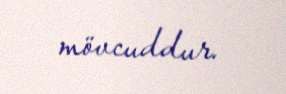
mövcuddur.